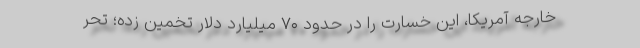
خارجه آمریکا، این خسارت را در حدود ۷۰ میلیارد دلار تخمین زده؛ تحر